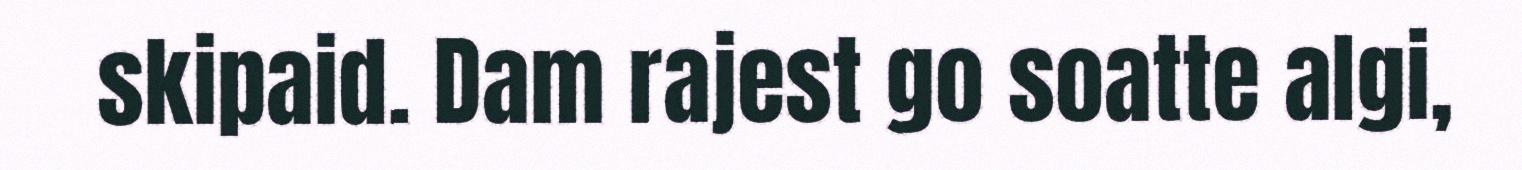
skipaid. Dam rajest go soatte algi,